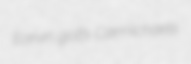
Earvin golfs Carmichaels